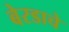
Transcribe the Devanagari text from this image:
बेरडाचे